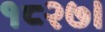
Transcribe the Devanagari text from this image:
१८२७।